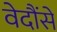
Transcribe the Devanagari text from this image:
वेदौंसे